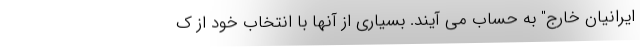
ایرانیان خارج" به حساب می آیند. بسیاری از آنها با انتخاب خود از ک